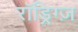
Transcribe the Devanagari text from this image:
रॉड्रिग्ज़